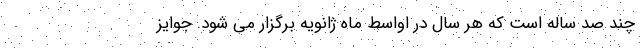
چند صد ساله است که هر سال در اواسط ماه ژانویه برگزار می شود. جوایز